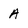
Character: A